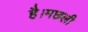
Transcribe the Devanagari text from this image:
है।मछली